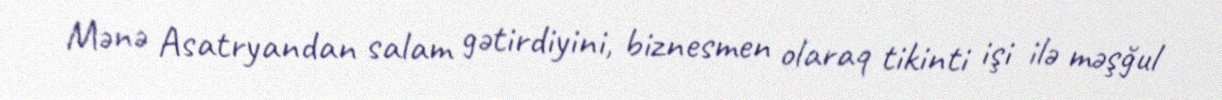
Mənə Asatryandan salam gətirdiyini, biznesmen olaraq tikinti işi ilə məşğul